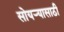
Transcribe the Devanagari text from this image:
सोयर्‍यासाठी